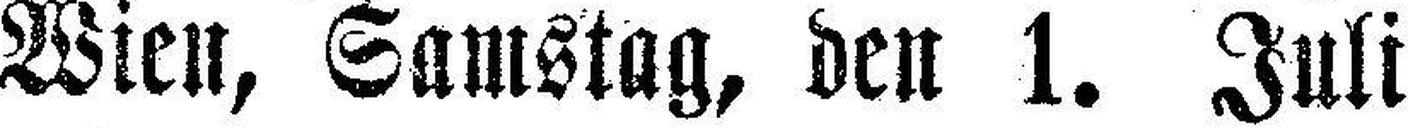
Wien, Samstag, den 1. Juli